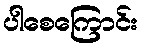
ပါစေကြောင်း